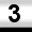
Digit: 3